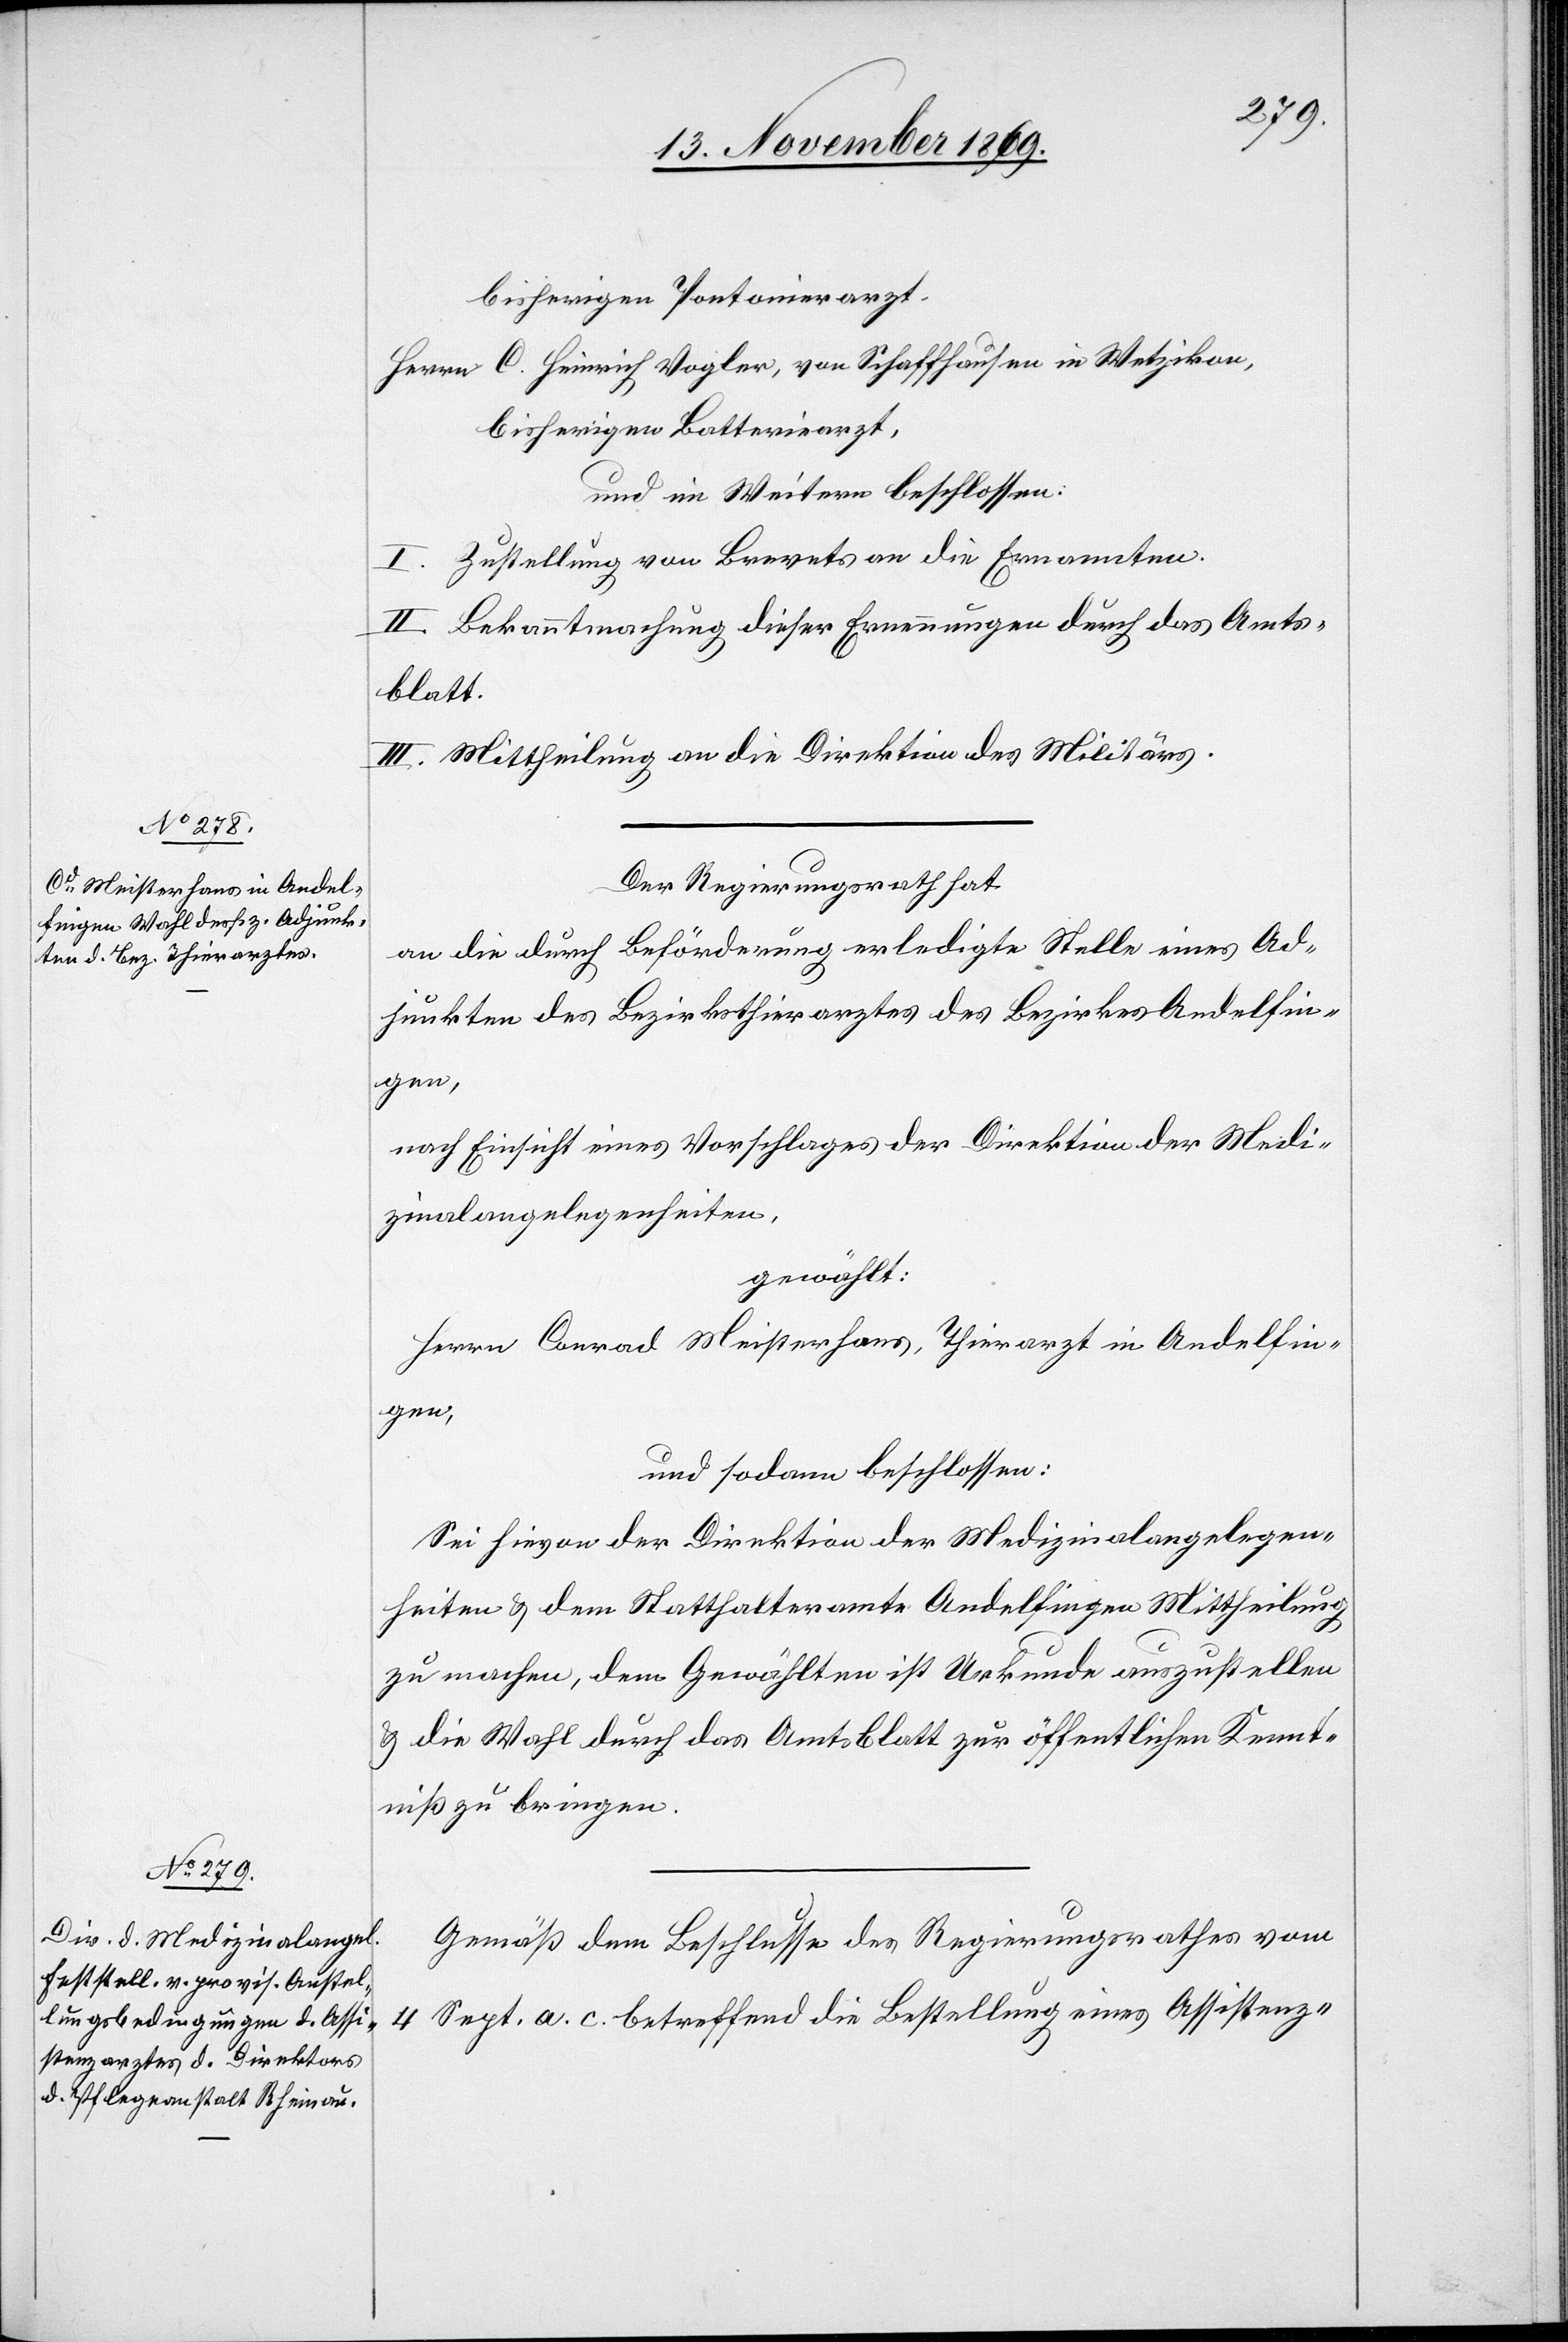
bisherigen Pontonierarzt,
Herrn C. Heinrich Vogler, von Schaffhausen in Wetzikon,
bisherigen Batteriearzt,
und im Weitern beschlossen:
I. Zustellung von Brevets an die Ernannten.
II. Bekanntmachung dieser Ernennungen durch das Amts¬
blatt.
III. Mittheilung an die Direktion des Militärs.
Der Regierungsrath hat
an die durch Beförderung erledigte Stelle eines Ad¬
junkten des Bezirksthierarztes des Bezirkes Andelfin¬
gen,
nach Einsicht eines Vorschlages der Direktion der Medi¬
zinalangelegenheiten,
gewählt:
Herrn Conrad Meisterhans, Thierarzt in Andelfin¬
gen,
und sodann beschlossen:
Sei hievon der Direktion der Medizinalangelegen¬
heiten & dem Statthalteramte Andelfingen Mittheilung
zu machen, dem Gewählten ist Urkunde auszustellen
& die Wahl durch das Amtsblatt zur öffentlichen Kennt¬
niß zu bringen.
Gemäß dem Beschlusse des Regierungsrathes vom
4 Sept. a. c. betreffend die Bestellung eines Assistenz-